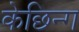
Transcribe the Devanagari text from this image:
केछिन्ग